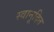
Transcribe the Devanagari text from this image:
स्वानूदित